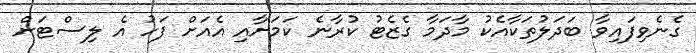
ގެނެވިފައިވާ ބަދަލުތަކާއެކު މާދަމާ ގެޒެޓު ކުރާނެ ކަމަށާއި އެއަށް ފަހު އެ ލިސްޓަށް